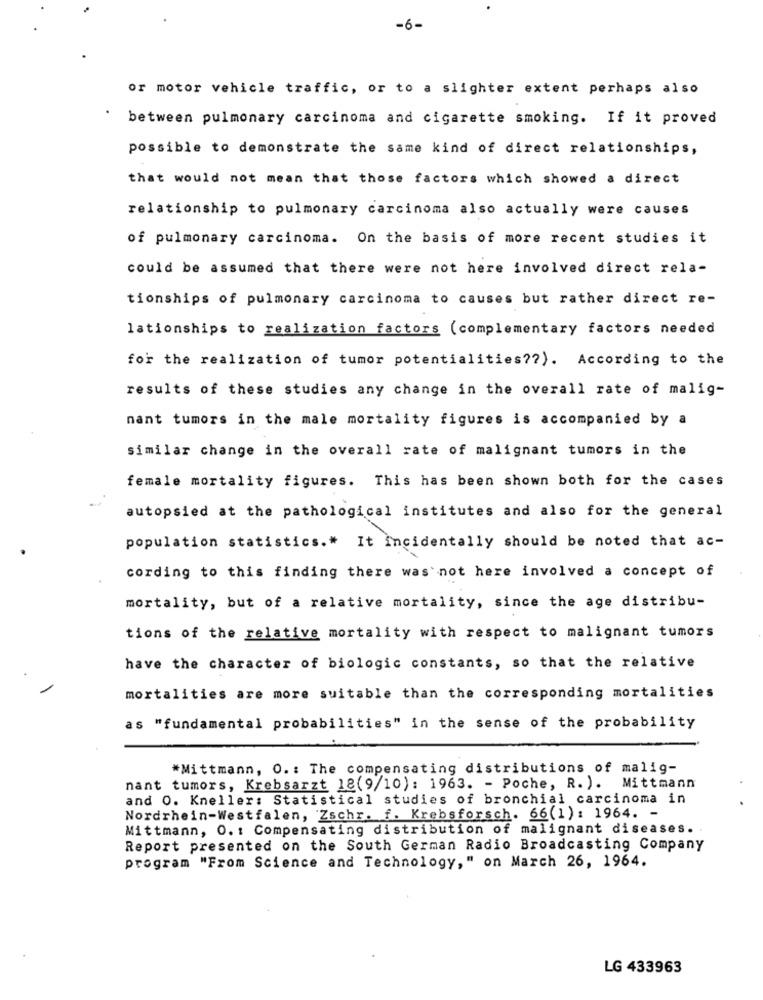
-6-
or motor vehicle traffic, or to a slighter extent perhaps also
between pulmonary carcinoma and cigarette smoking. If it proved
possible to demonstrate the same kind of direct relationships,
that would not mean that those factors which showed a direct
relationship to pulmonary carcinoma also actually were causes
of pulmonary carcinoma. On the basis of more recent studies it
could be assumed that there were not here involved direct rela-
tionships of pulmonary carcinoma to causes but rather direct re-
lationships to realization factors (complementary factors needed
for the realization of tumor potentialities ?? ). According to the
results of these studies any change in the overall rate of malig-
nant tumors in the male mortality figures is accompanied by a
similar change in the overall rate of malignant tumors in the
female mortality figures. This has been shown both for the cases
autopsied at the pathological institutes and also for the general
population statistics .* It incidentally should be noted that ac-
cording to this finding there was not here involved a concept of
mortality, but of a relative mortality, since the age distribu-
tions of the relative mortality with respect to malignant tumors
have the character of biologic constants, so that the relative
mortalities are more suitable than the corresponding mortalities
as "fundamental probabilities" in the sense of the probability
*Mittmann, O .: The compensating distributions of malig-
nant tumors, Krebsarzt 18(9/10): 1963. - Poche, R. ). Mittmann
and O. Kneller: Statistical studies of bronchial carcinoma in
Nordrhein-westfalen, Zschr. f. Krebsforsch. 66(1): 1964. -
Mittmann, O. : Compensating distribution of malignant diseases.
Report presented on the South German Radio Broadcasting Company
program "From Science and Technology," on March 26, 1964.
LG 433963